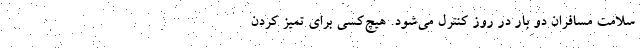
سلامت مسافران دو بار در روز کنترل می‌شود. هیچ‌کسی برای تمیز کردن